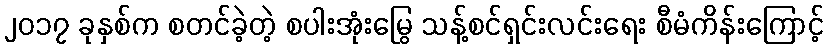
၂၀၁၇ ခုနှစ်က စတင်ခဲ့တဲ့ စပါးအုံးမြွေ သန့်စင်ရှင်းလင်းရေး စီမံကိန်းကြောင့်